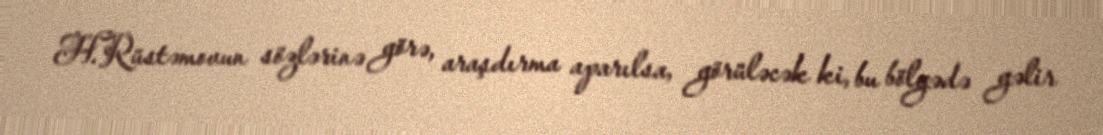
H.Rüstəmovun sözlərinə görə, araşdırma aparılsa, görüləcək ki, bu bölgədə gəlir